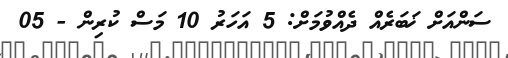
ސަންއަށް ޚަބަރެއް ދެއްވުމަށް: 5 އަހަރު 10 މަސް ކުރިން - 05